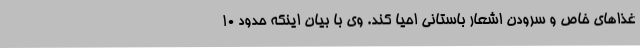
غذاهای خاص و سرودن اشعار باستانی احیا کند. وی با بیان اینکه حدود 10